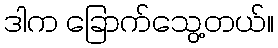
ဒါက ခြောက်သွေ့တယ်။